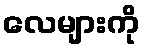
လေများကို